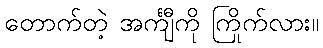
တောက်တဲ့ အင်္ကျီကို ကြိုက်လား။